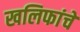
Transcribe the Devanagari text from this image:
खलिफांचे